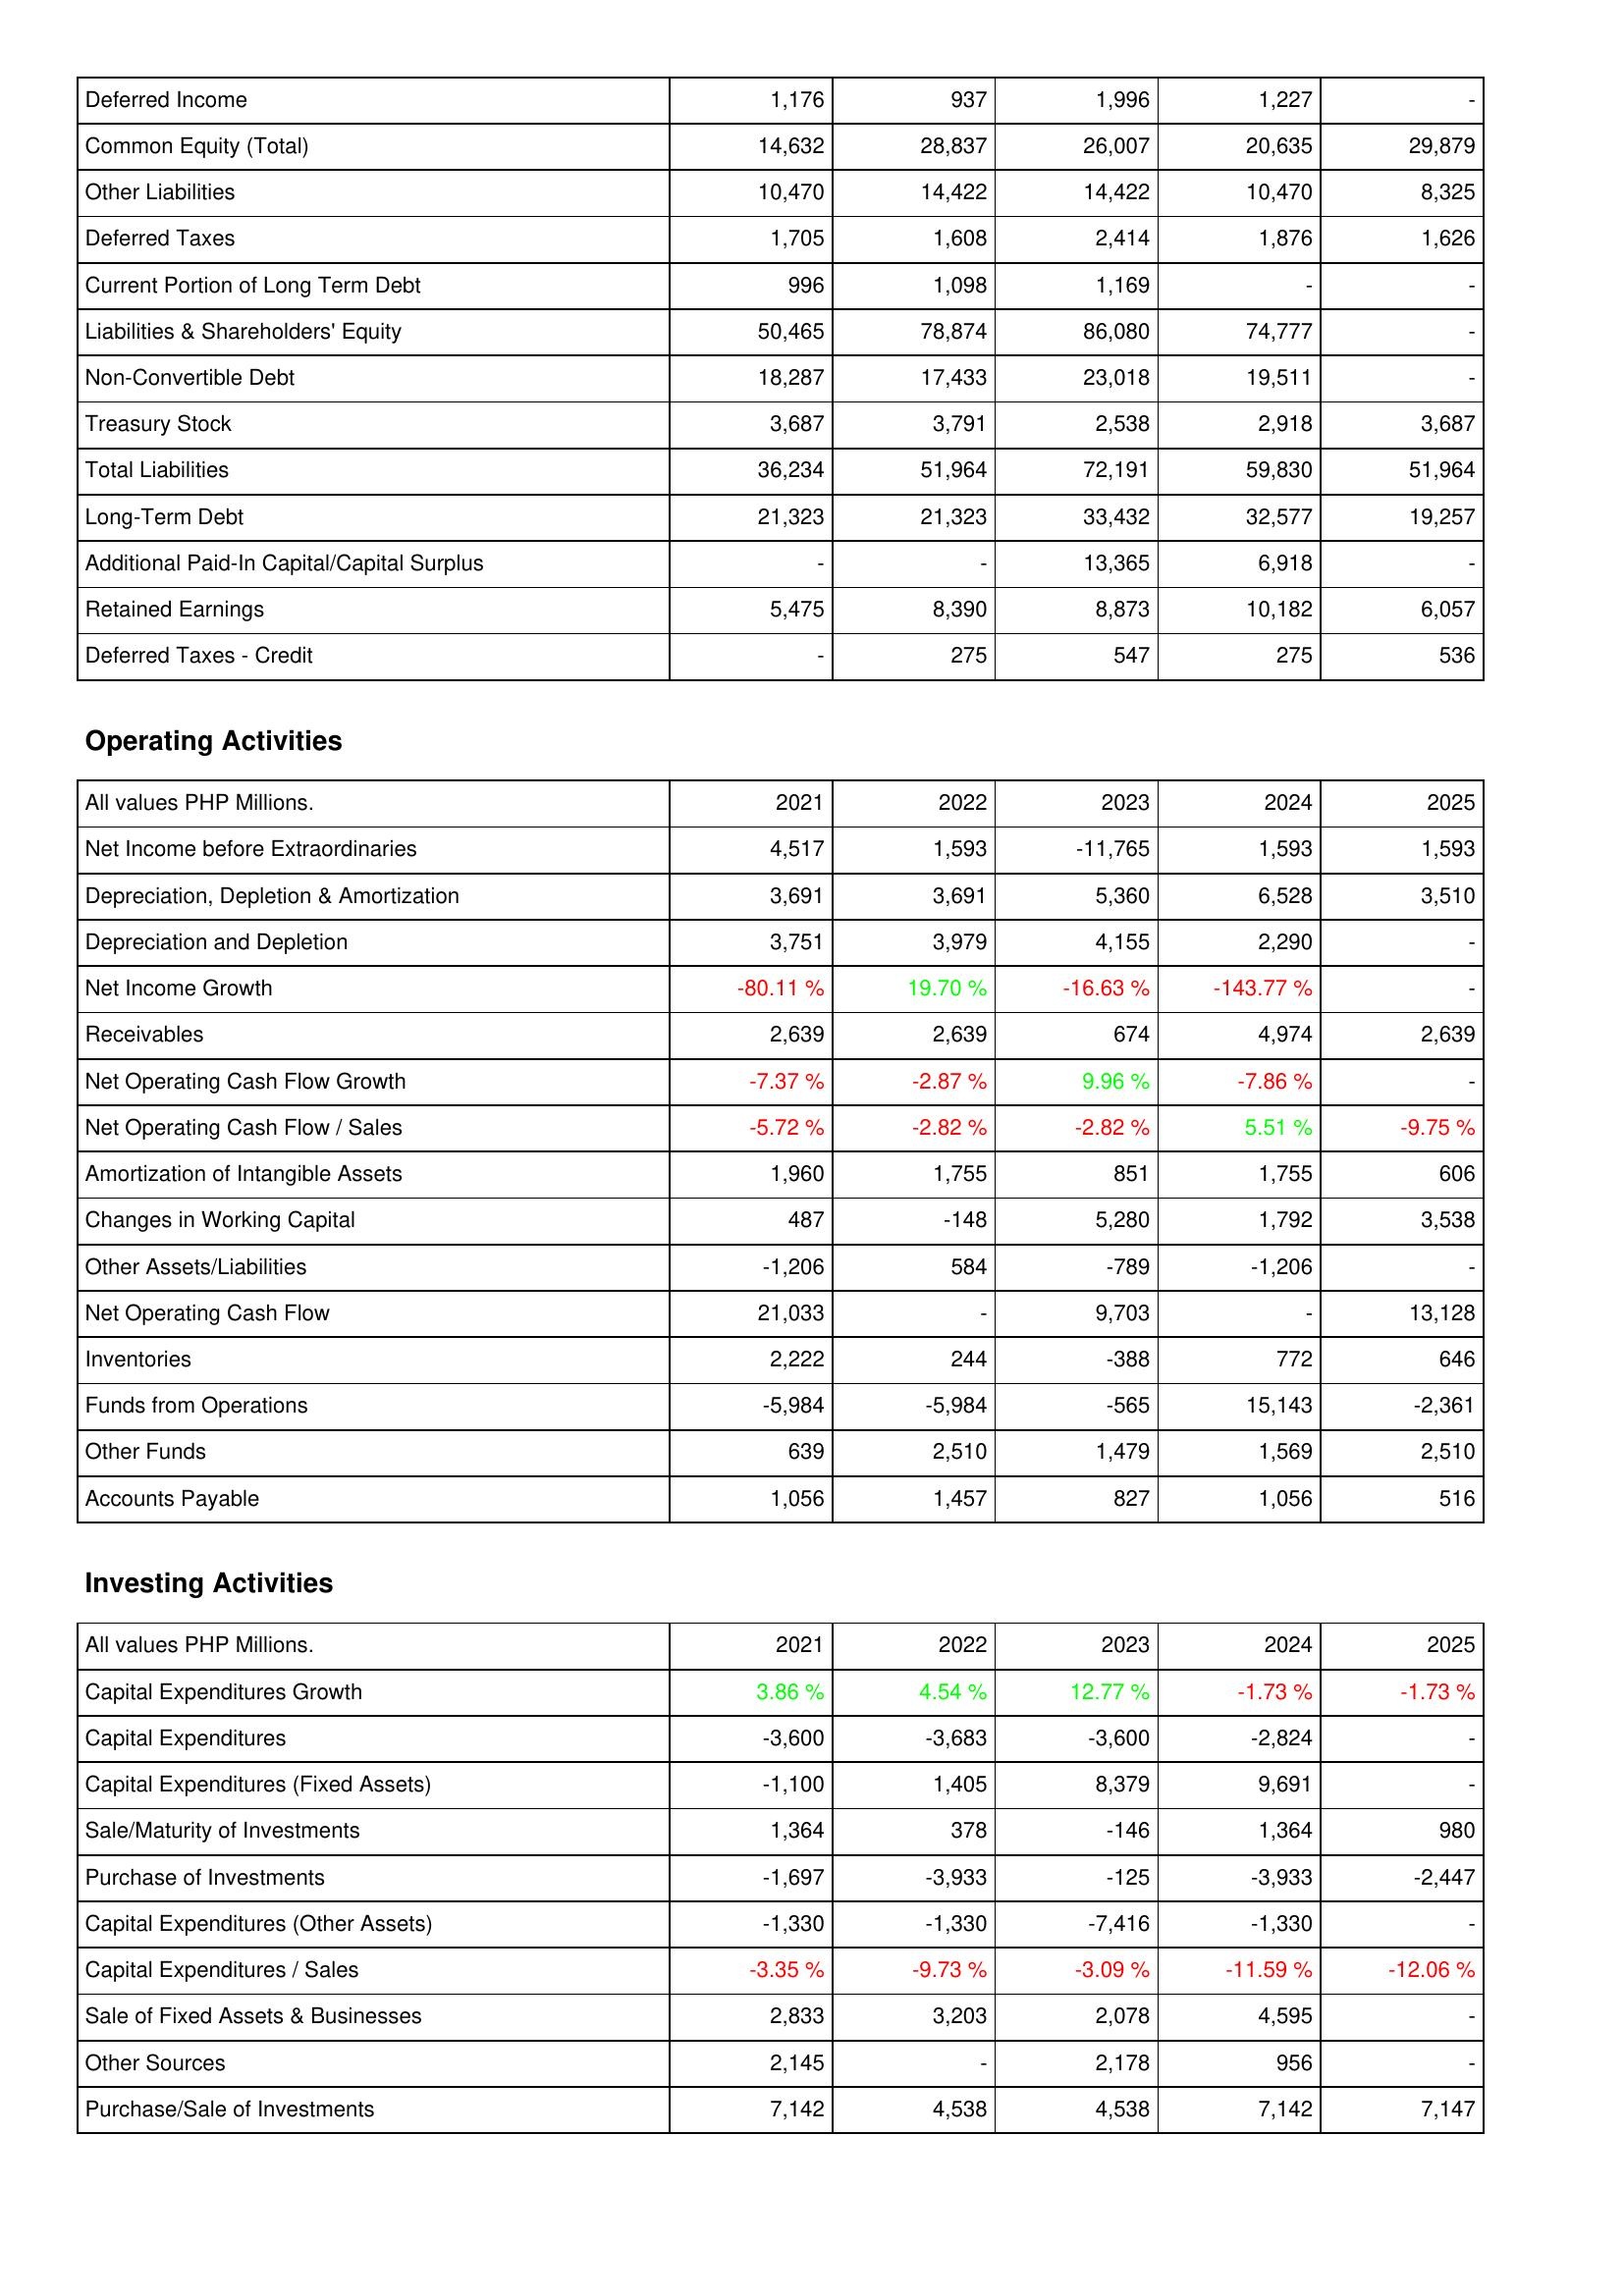
2021: Liabilities & Shareholders' Equity: Deferred Income: 1,176
Common Equity (Total): 14,632
Other Liabilities: 10,470
Deferred Taxes: 1,705
Current Portion of Long Term Debt: 996
Liabilities & Shareholders' Equity: 50,465
Non-Convertible Debt: 18,287
Treasury Stock: 3,687
Total Liabilities: 36,234
Long-Term Debt: 21,323
Additional Paid-In Capital/Capital Surplus: -
Retained Earnings: 5,475
Deferred Taxes - Credit: -
Operating Activities: Net Income before Extraordinaries: 4,517
Depreciation, Depletion & Amortization: 3,691
Depreciation and Depletion: 3,751
Net Income Growth: -80.11 %
Receivables: 2,639
Net Operating Cash Flow Growth: -7.37 %
Net Operating Cash Flow / Sales: -5.72 %
Amortization of Intangible Assets: 1,960
Changes in Working Capital: 487
Other Assets/Liabilities: -1,206
Net Operating Cash Flow: 21,033
Inventories: 2,222
Funds from Operations: -5,984
Other Funds: 639
Accounts Payable: 1,056
Investing Activities: Capital Expenditures Growth: 3.86 %
Capital Expenditures: -3,600
Capital Expenditures (Fixed Assets): -1,100
Sale/Maturity of Investments: 1,364
Purchase of Investments: -1,697
Capital Expenditures (Other Assets): -1,330
Capital Expenditures / Sales: -3.35 %
Sale of Fixed Assets & Businesses: 2,833
Other Sources: 2,145
Purchase/Sale of Investments: 7,142
2022: Liabilities & Shareholders' Equity: Deferred Income: 937
Common Equity (Total): 28,837
Other Liabilities: 14,422
Deferred Taxes: 1,608
Current Portion of Long Term Debt: 1,098
Liabilities & Shareholders' Equity: 78,874
Non-Convertible Debt: 17,433
Treasury Stock: 3,791
Total Liabilities: 51,964
Long-Term Debt: 21,323
Additional Paid-In Capital/Capital Surplus: -
Retained Earnings: 8,390
Deferred Taxes - Credit: 275
Operating Activities: Net Income before Extraordinaries: 1,593
Depreciation, Depletion & Amortization: 3,691
Depreciation and Depletion: 3,979
Net Income Growth: 19.70 %
Receivables: 2,639
Net Operating Cash Flow Growth: -2.87 %
Net Operating Cash Flow / Sales: -2.82 %
Amortization of Intangible Assets: 1,755
Changes in Working Capital: -148
Other Assets/Liabilities: 584
Net Operating Cash Flow: -
Inventories: 244
Funds from Operations: -5,984
Other Funds: 2,510
Accounts Payable: 1,457
Investing Activities: Capital Expenditures Growth: 4.54 %
Capital Expenditures: -3,683
Capital Expenditures (Fixed Assets): 1,405
Sale/Maturity of Investments: 378
Purchase of Investments: -3,933
Capital Expenditures (Other Assets): -1,330
Capital Expenditures / Sales: -9.73 %
Sale of Fixed Assets & Businesses: 3,203
Other Sources: -
Purchase/Sale of Investments: 4,538
2023: Liabilities & Shareholders' Equity: Deferred Income: 1,996
Common Equity (Total): 26,007
Other Liabilities: 14,422
Deferred Taxes: 2,414
Current Portion of Long Term Debt: 1,169
Liabilities & Shareholders' Equity: 86,080
Non-Convertible Debt: 23,018
Treasury Stock: 2,538
Total Liabilities: 72,191
Long-Term Debt: 33,432
Additional Paid-In Capital/Capital Surplus: 13,365
Retained Earnings: 8,873
Deferred Taxes - Credit: 547
Operating Activities: Net Income before Extraordinaries: -11,765
Depreciation, Depletion & Amortization: 5,360
Depreciation and Depletion: 4,155
Net Income Growth: -16.63 %
Receivables: 674
Net Operating Cash Flow Growth: 9.96 %
Net Operating Cash Flow / Sales: -2.82 %
Amortization of Intangible Assets: 851
Changes in Working Capital: 5,280
Other Assets/Liabilities: -789
Net Operating Cash Flow: 9,703
Inventories: -388
Funds from Operations: -565
Other Funds: 1,479
Accounts Payable: 827
Investing Activities: Capital Expenditures Growth: 12.77 %
Capital Expenditures: -3,600
Capital Expenditures (Fixed Assets): 8,379
Sale/Maturity of Investments: -146
Purchase of Investments: -125
Capital Expenditures (Other Assets): -7,416
Capital Expenditures / Sales: -3.09 %
Sale of Fixed Assets & Businesses: 2,078
Other Sources: 2,178
Purchase/Sale of Investments: 4,538
2024: Liabilities & Shareholders' Equity: Deferred Income: 1,227
Common Equity (Total): 20,635
Other Liabilities: 10,470
Deferred Taxes: 1,876
Current Portion of Long Term Debt: -
Liabilities & Shareholders' Equity: 74,777
Non-Convertible Debt: 19,511
Treasury Stock: 2,918
Total Liabilities: 59,830
Long-Term Debt: 32,577
Additional Paid-In Capital/Capital Surplus: 6,918
Retained Earnings: 10,182
Deferred Taxes - Credit: 275
Operating Activities: Net Income before Extraordinaries: 1,593
Depreciation, Depletion & Amortization: 6,528
Depreciation and Depletion: 2,290
Net Income Growth: -143.77 %
Receivables: 4,974
Net Operating Cash Flow Growth: -7.86 %
Net Operating Cash Flow / Sales: 5.51 %
Amortization of Intangible Assets: 1,755
Changes in Working Capital: 1,792
Other Assets/Liabilities: -1,206
Net Operating Cash Flow: -
Inventories: 772
Funds from Operations: 15,143
Other Funds: 1,569
Accounts Payable: 1,056
Investing Activities: Capital Expenditures Growth: -1.73 %
Capital Expenditures: -2,824
Capital Expenditures (Fixed Assets): 9,691
Sale/Maturity of Investments: 1,364
Purchase of Investments: -3,933
Capital Expenditures (Other Assets): -1,330
Capital Expenditures / Sales: -11.59 %
Sale of Fixed Assets & Businesses: 4,595
Other Sources: 956
Purchase/Sale of Investments: 7,142
2025: Liabilities & Shareholders' Equity: Deferred Income: -
Common Equity (Total): 29,879
Other Liabilities: 8,325
Deferred Taxes: 1,626
Current Portion of Long Term Debt: -
Liabilities & Shareholders' Equity: -
Non-Convertible Debt: -
Treasury Stock: 3,687
Total Liabilities: 51,964
Long-Term Debt: 19,257
Additional Paid-In Capital/Capital Surplus: -
Retained Earnings: 6,057
Deferred Taxes - Credit: 536
Operating Activities: Net Income before Extraordinaries: 1,593
Depreciation, Depletion & Amortization: 3,510
Depreciation and Depletion: -
Net Income Growth: -
Receivables: 2,639
Net Operating Cash Flow Growth: -
Net Operating Cash Flow / Sales: -9.75 %
Amortization of Intangible Assets: 606
Changes in Working Capital: 3,538
Other Assets/Liabilities: -
Net Operating Cash Flow: 13,128
Inventories: 646
Funds from Operations: -2,361
Other Funds: 2,510
Accounts Payable: 516
Investing Activities: Capital Expenditures Growth: -1.73 %
Capital Expenditures: -
Capital Expenditures (Fixed Assets): -
Sale/Maturity of Investments: 980
Purchase of Investments: -2,447
Capital Expenditures (Other Assets): -
Capital Expenditures / Sales: -12.06 %
Sale of Fixed Assets & Businesses: -
Other Sources: -
Purchase/Sale of Investments: 7,147